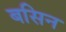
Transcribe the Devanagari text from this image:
बसिन